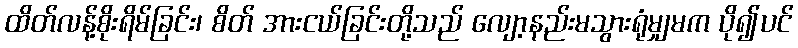
ထိတ်လန့်စိုးရိမ်ခြင်း၊ စိတ် အားငယ်ခြင်းတို့သည် လျော့နည်းမသွားရုံမျှမက ပို၍ပင်